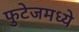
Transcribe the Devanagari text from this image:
फुटेजमध्ये